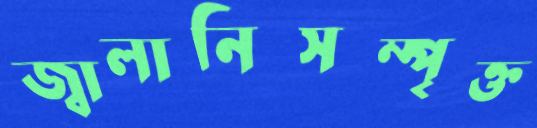
জ্বালানিসম্পৃক্ত